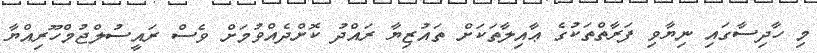
މި ހާދިސާގައި ނިޔާވި ފަރާތްތަކުގެ ޢާއިލާތަކަށް ތައުޒިޔާ ރައްދު ކޮށްދެއްވުމަށް ވެސް ރައީސުލްޖުމްހޫރިއްޔާ